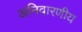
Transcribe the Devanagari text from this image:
अनिवारणीय